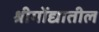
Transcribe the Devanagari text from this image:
श्रीगोंद्यातील